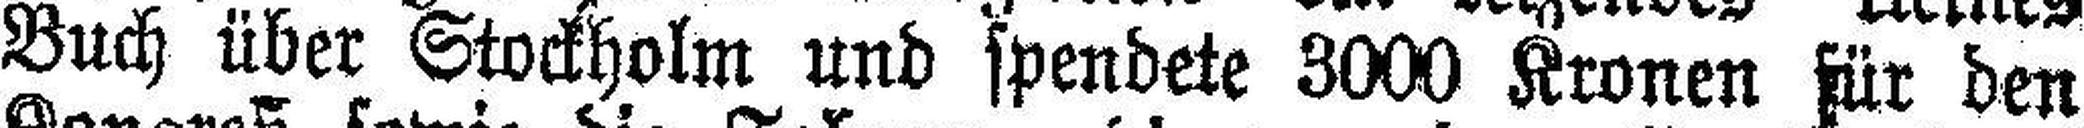
Buch über Stockholm und spendete 3000 Kronen für den